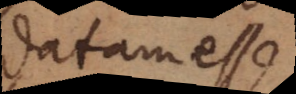
datam esse.